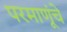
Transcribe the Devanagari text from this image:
परमाणूंचे